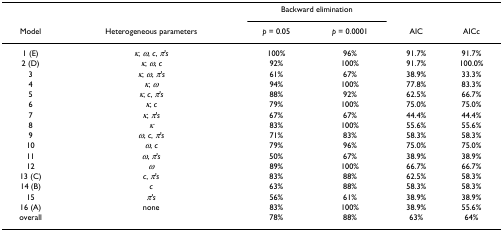
|  |  | <COLSPAN=2> Backward elimination |  |  |
 | Model | Heterogeneous parameters | p = 0.05 | p = 0.0001 | AIC | AICc |
 | --- | --- | --- | --- | --- | --- |
 | 1 (E) | κ, ω, c, π's | 100% | 96% | 91.7% | 91.7% |
 | 2 (D) | κ, ω, c | 92% | 100% | 91.7% | 100.0% |
 | 3 | κ, ω, π's | 61% | 67% | 38.9% | 33.3% |
 | 4 | κ, ω | 94% | 100% | 77.8% | 83.3% |
 | 5 | κ, c, π's | 88% | 92% | 62.5% | 66.7% |
 | 6 | κ, c | 79% | 100% | 75.0% | 75.0% |
 | 7 | κ, π's | 67% | 67% | 44.4% | 44.4% |
 | 8 | κ | 83% | 100% | 55.6% | 55.6% |
 | 9 | ω, c, π's | 71% | 83% | 58.3% | 58.3% |
 | 10 | ω, c | 79% | 96% | 75.0% | 75.0% |
 | 11 | ω, π's | 50% | 67% | 38.9% | 38.9% |
 | 12 | ω | 89% | 100% | 66.7% | 66.7% |
 | 13 (C) | c, π's | 83% | 88% | 62.5% | 58.3% |
 | 14 (B) | c | 63% | 88% | 58.3% | 58.3% |
 | 15 | π's | 56% | 61% | 38.9% | 38.9% |
 | 16 (A) | none | 83% | 100% | 38.9% | 55.6% |
 | overall |  | 78% | 88% | 63% | 64% |